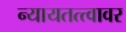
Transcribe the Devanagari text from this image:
न्यायतत्त्वावर